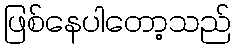
ဖြစ်နေပါတော့သည်